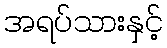
အရပ်သားနှင့်